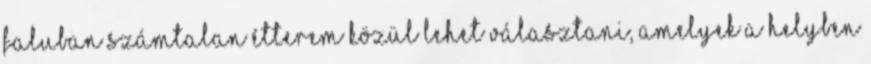
faluban számtalan étterem közül lehet választani, amelyek a helyben